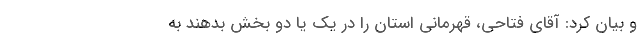
و بیان کرد: آقای فتاحی، قهرمانی استان را در یک یا دو بخش بدهند به